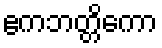
ဧကဘတ္တိကော